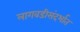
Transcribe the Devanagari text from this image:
लागवडीसंदर्भात